kultuurilooline_kollektsioon, lk 101
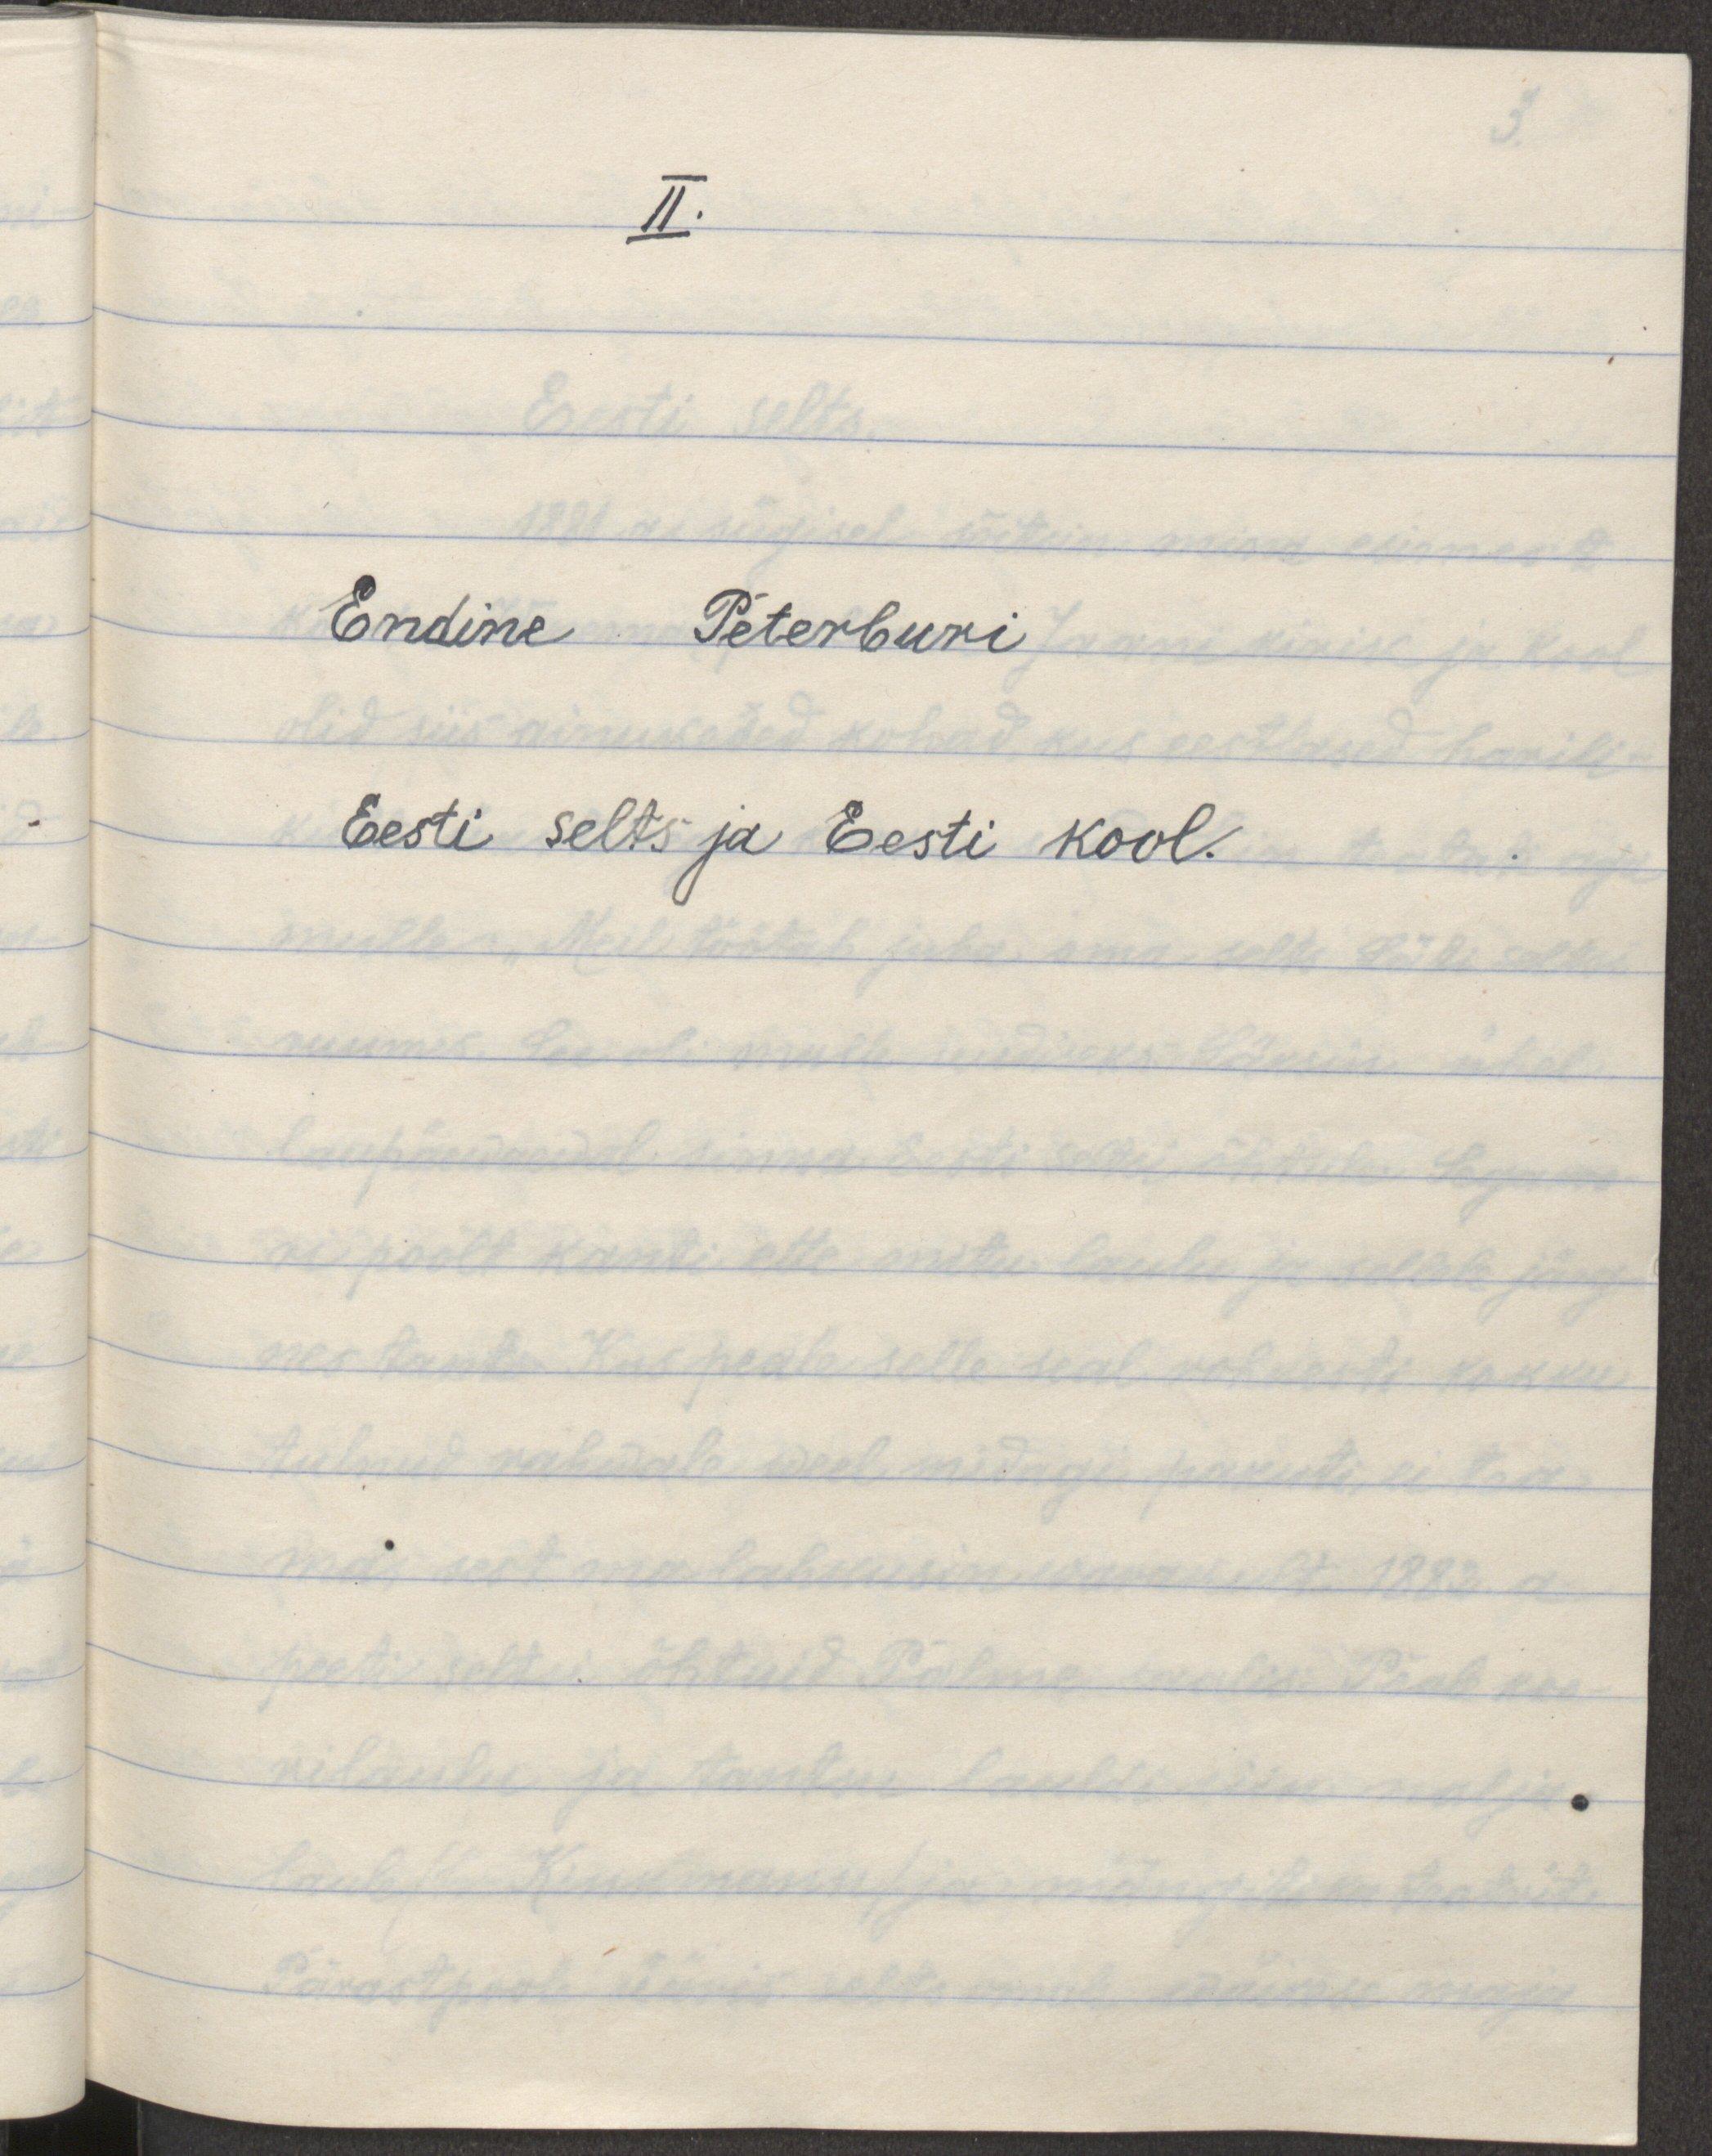
II. 
Endine Peterburi
Eesti selts ja Eesti kool.